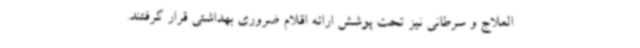
العلاج و سرطانی نیز تحت پوشش ارائه اقلام ضروری بهداشتی قرار گرفتند.